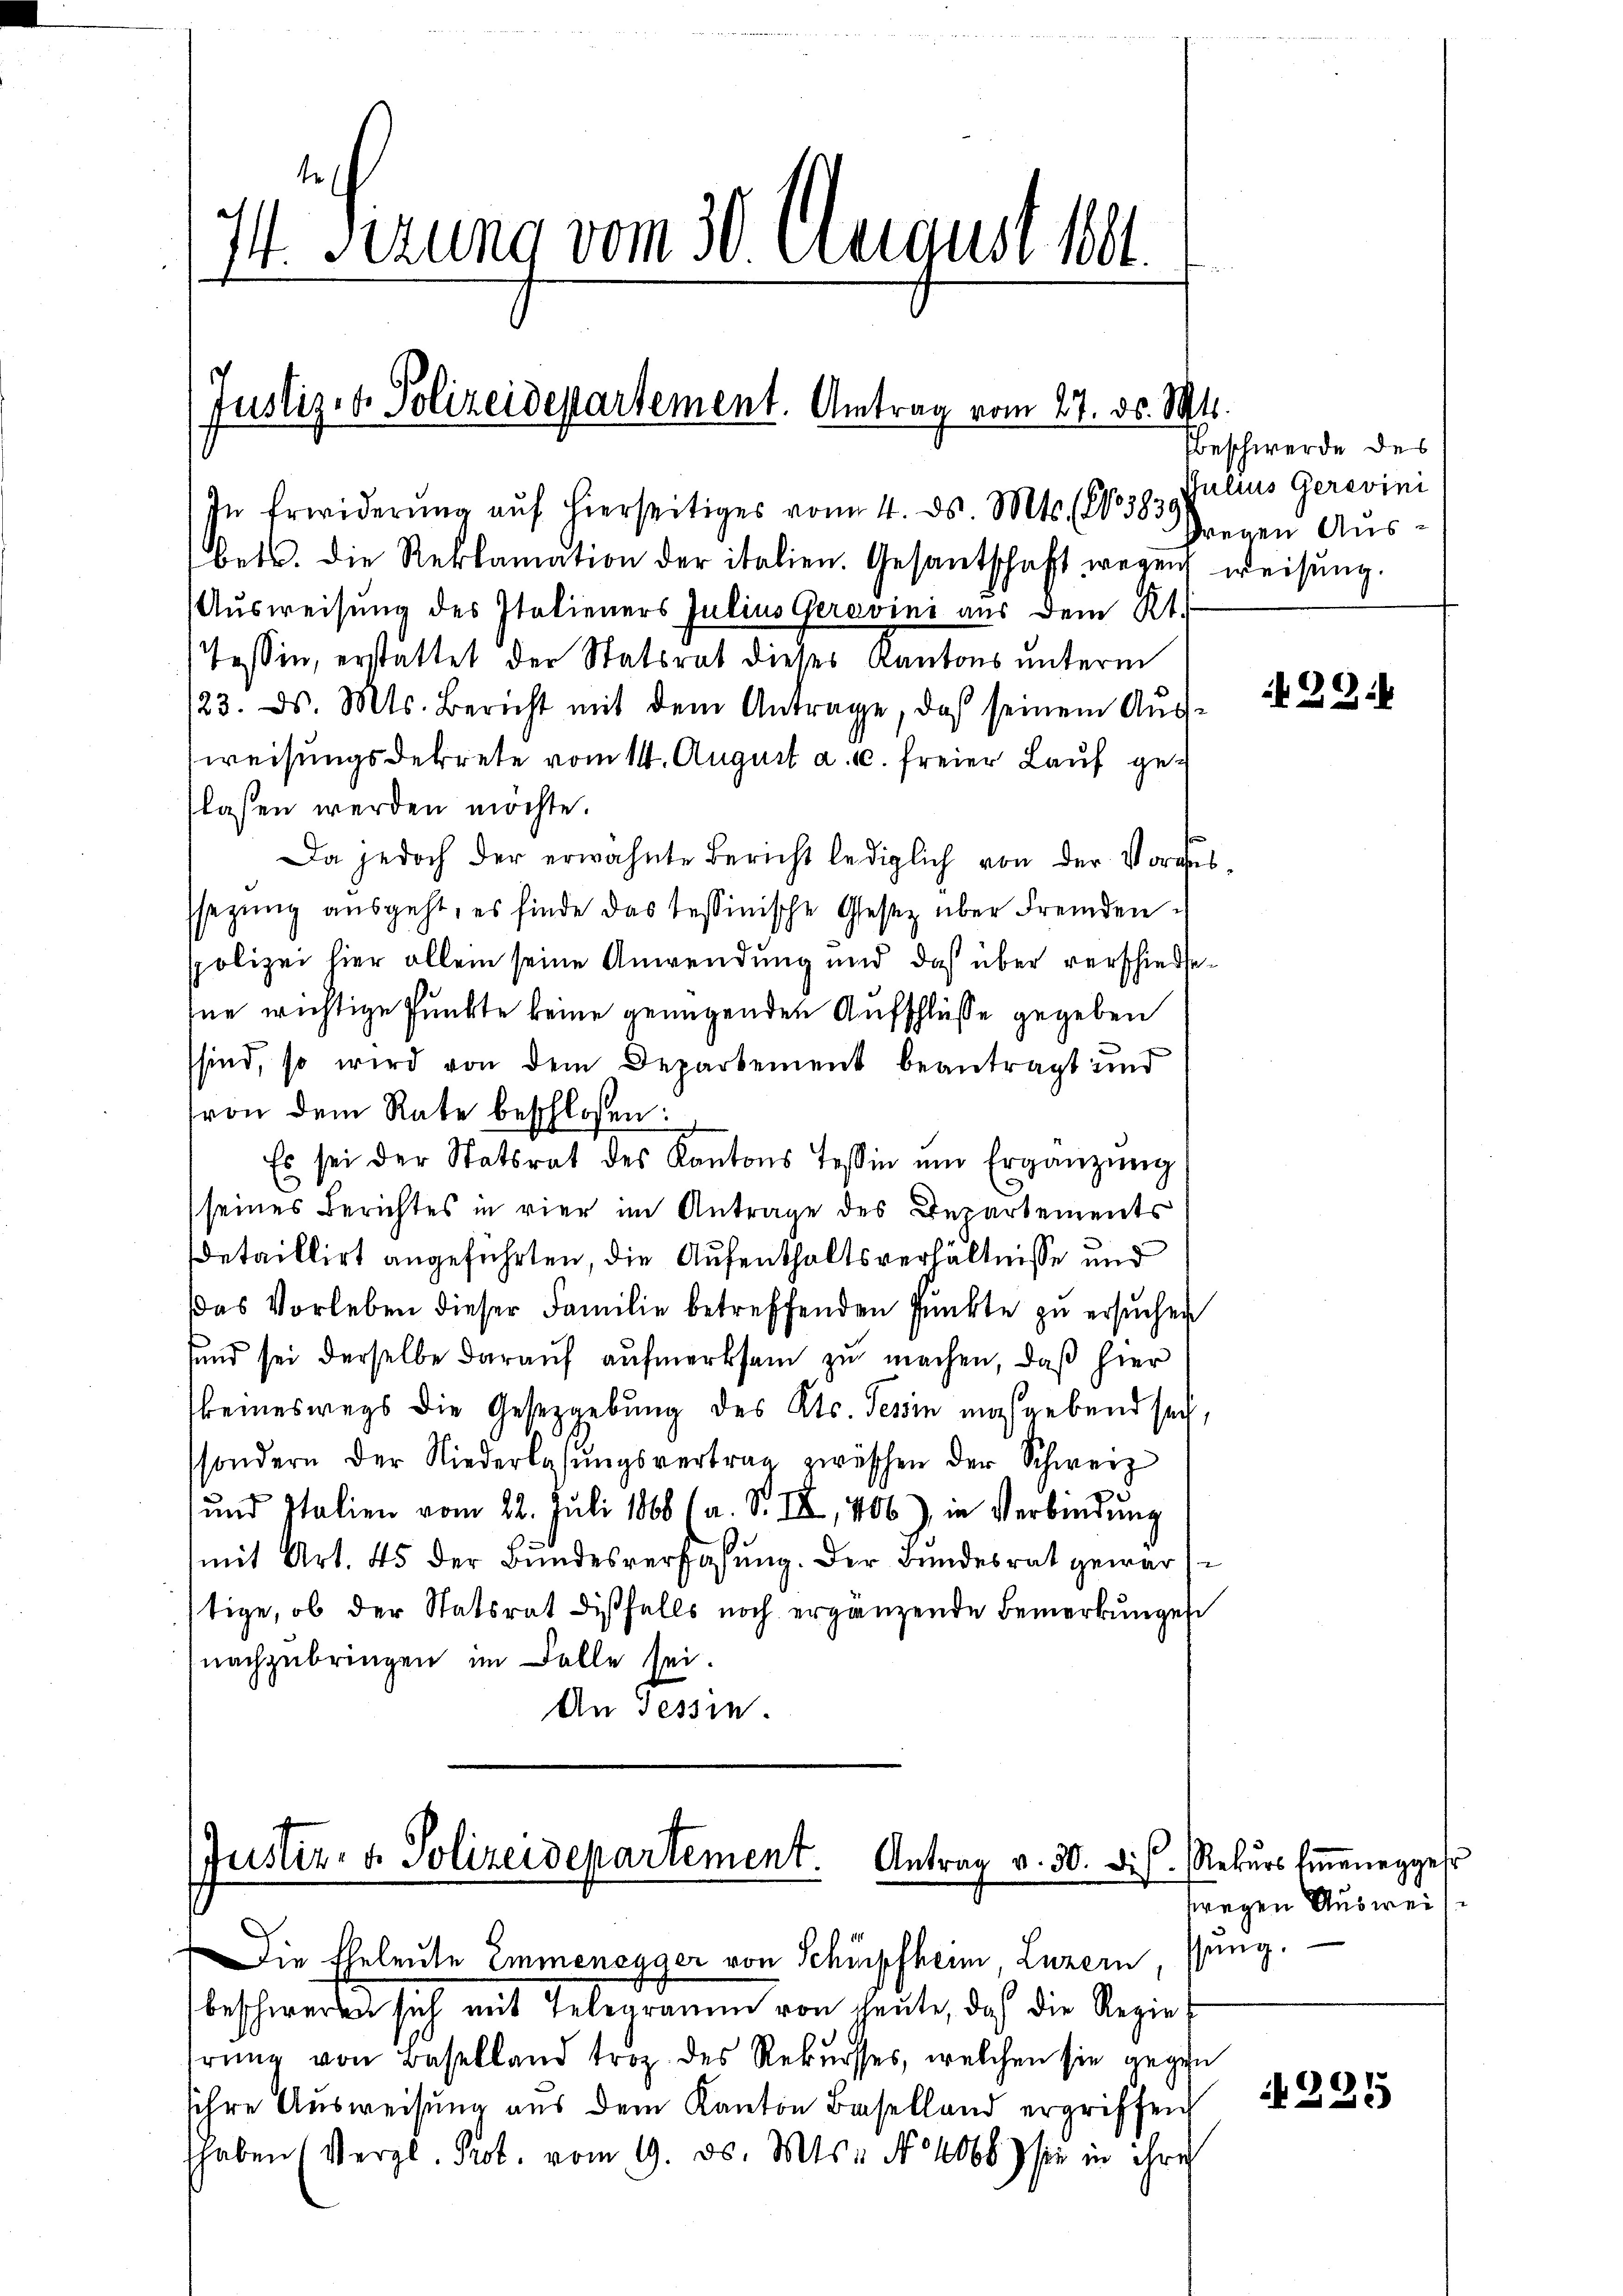
1derung vom 30. August 181.
f

In Erwiderung auf hierseitiges vom 4. ds. Mts. No 3839
betr. die Reklamation der italien. Gesantschaft wegen weisung.
Ausweisung des Italieners Julius Geravini aus dem Rt.
Tessin, erstattet der Statsrat dieses Kantons unterm
123. ds. Mts. Bericht mit dem Antrage, daß seinem Aŭs-
weisungsdekrete vom 11. August a. c. freier Lauf geflassen werden möchte.
Da jedoch der erwähnte Bericht lediglich von der Vorges
sezung ausgeht, es finde das Tessinische Gesetz über Fremdenppolizei hier allein seine Anwendung und daß über verschiedesne wichtige Punkte keine genügenden Aufschlüsse gegeben
sind, so wird von dem Departement beantragt und
von dem Rate beschloßen:
Es sei der Statsrat des Kantons Tessin ŭm Ergänzŭng
seines Berichtes in vier im Antrage des Departements
detaillirt angeführten, die Aufenthaltsverhältnisse und
Das Vorleben dieser Familie betreffenden Punkte zu ersuchen
sund sei derselbe darauf aufmerksam zu machen, daß hier
keineswegs die Gesetzgebung des Kts. Tessin maßgebend sei,
sondern der Niederlassŭngsvertrag zwischen der Schweiz
und Italien vom 22. Juli 1868 (a. S. III, 406), in Verbindŭng
mit Art. 45 der Bundesverfassung. Der Bundesrat gewar s
tige, ob der Statsrat dißfalls noch ergänzende Bemerkungen
nachzubringen im Falle sei.
An Tessin.

Justiz- & Polizeidepartement. Antrag vom 27. ds. Mts.

Justiz- & Polizeidepartement. Antrag v. 30. ds. Rekŭrs Eineneggehr
Die Eheleute Emmenegger von Schüpfheim Luzern sang.

beschweren sich mit Telegramm von heute, daß die Regie
irung von Baselland troz. des Rekurses, welchen sie gegen
sihre Ausweisung aus dem Kanton Baselland ergriffen
haben (Vergl. Prot. vom 9. ds. Mts. No 1068) sie in ihre

Beschwerde des
Julius Gerevini
fregen Aus¬

39:

fwegen Ausweis

225